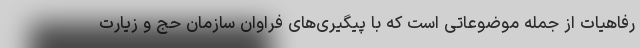
رفاهیات از جمله موضوعاتی است که با پیگیری‌های فراوان سازمان حج و زیارت